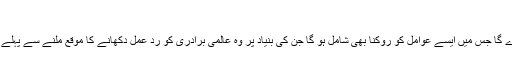
‘
صدر اوباما نے بتایا کہ اس معاہدے کی بنیاد یہ ہو گی کہ ایران جوہری پروگرام پر پیش رفت روک دے گا جس میں ایسے عوامل کو روکنا بھی شامل ہو گا جن کی بنیاد پر وہ عالمی برادری کو ردِ عمل دکھانے کا موقع ملنے سے پہلے ہی وہ کسی ایسے حتمی نقطے پر پہنچ سکیں گے جہاں وہ جوہری ہتھیار بنانے کے قابل ہو جائیں گے۔